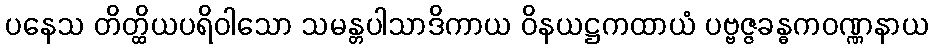
ပနေသ တိတ္ထိယပရိဝါသော သမန္တပါသာဒိကာယ ဝိနယဋ္ဌကထာယံ ပဗ္ဗဇ္ဇခန္ဓကဝဏ္ဏနာယ